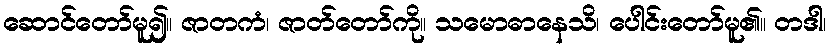
ဆောင်တော်မူ၍။ ဇာတကံ၊ ဇာတ်တော်ကို။ သမောဓာနေသိ၊ ပေါင်းတော်မူ၏။ တဒါ၊